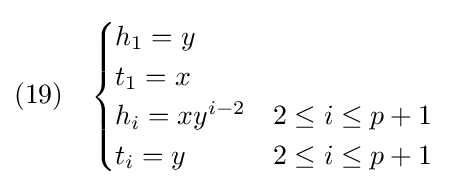
(19)\quad {\begin{cases}h_{1}=y\\t_{1}=x\\h_{i}=xy^{i-2}&2\leq i\leq p+1\\t_{i}=y&2\leq i\leq p+1\end{cases}}